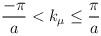
LaTeX: \begin{align*}\frac{-\pi}{a}< k_{\mu}\leq \frac{\pi}{a}\end{align*}